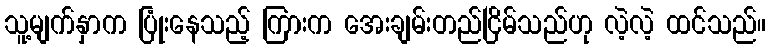
သူ့မျက်နှာက ပြုံးနေသည့် ကြားက အေးချမ်းတည်ငြိမ်သည်ဟု လဲ့လဲ့ ထင်သည်။